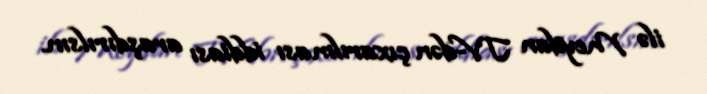
ilə Meydan TV-dən çıxarılması iddiası araşdırılsın.